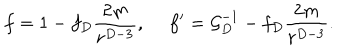
f = 1 - f _ { D } { \frac { 2 m } { r ^ { D - 3 } } } , \ f ^ { \prime } = { \cal G } _ { D } ^ { - 1 } - f _ { D } { \frac { 2 m } { r ^ { D - 3 } } } .